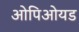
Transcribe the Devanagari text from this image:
ओपिओयड